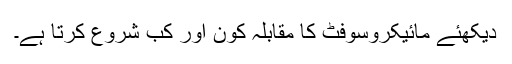
دیکھئے مائیکروسوفٹ کا مقابلہ کون اور کب شروع کرتا ہے۔